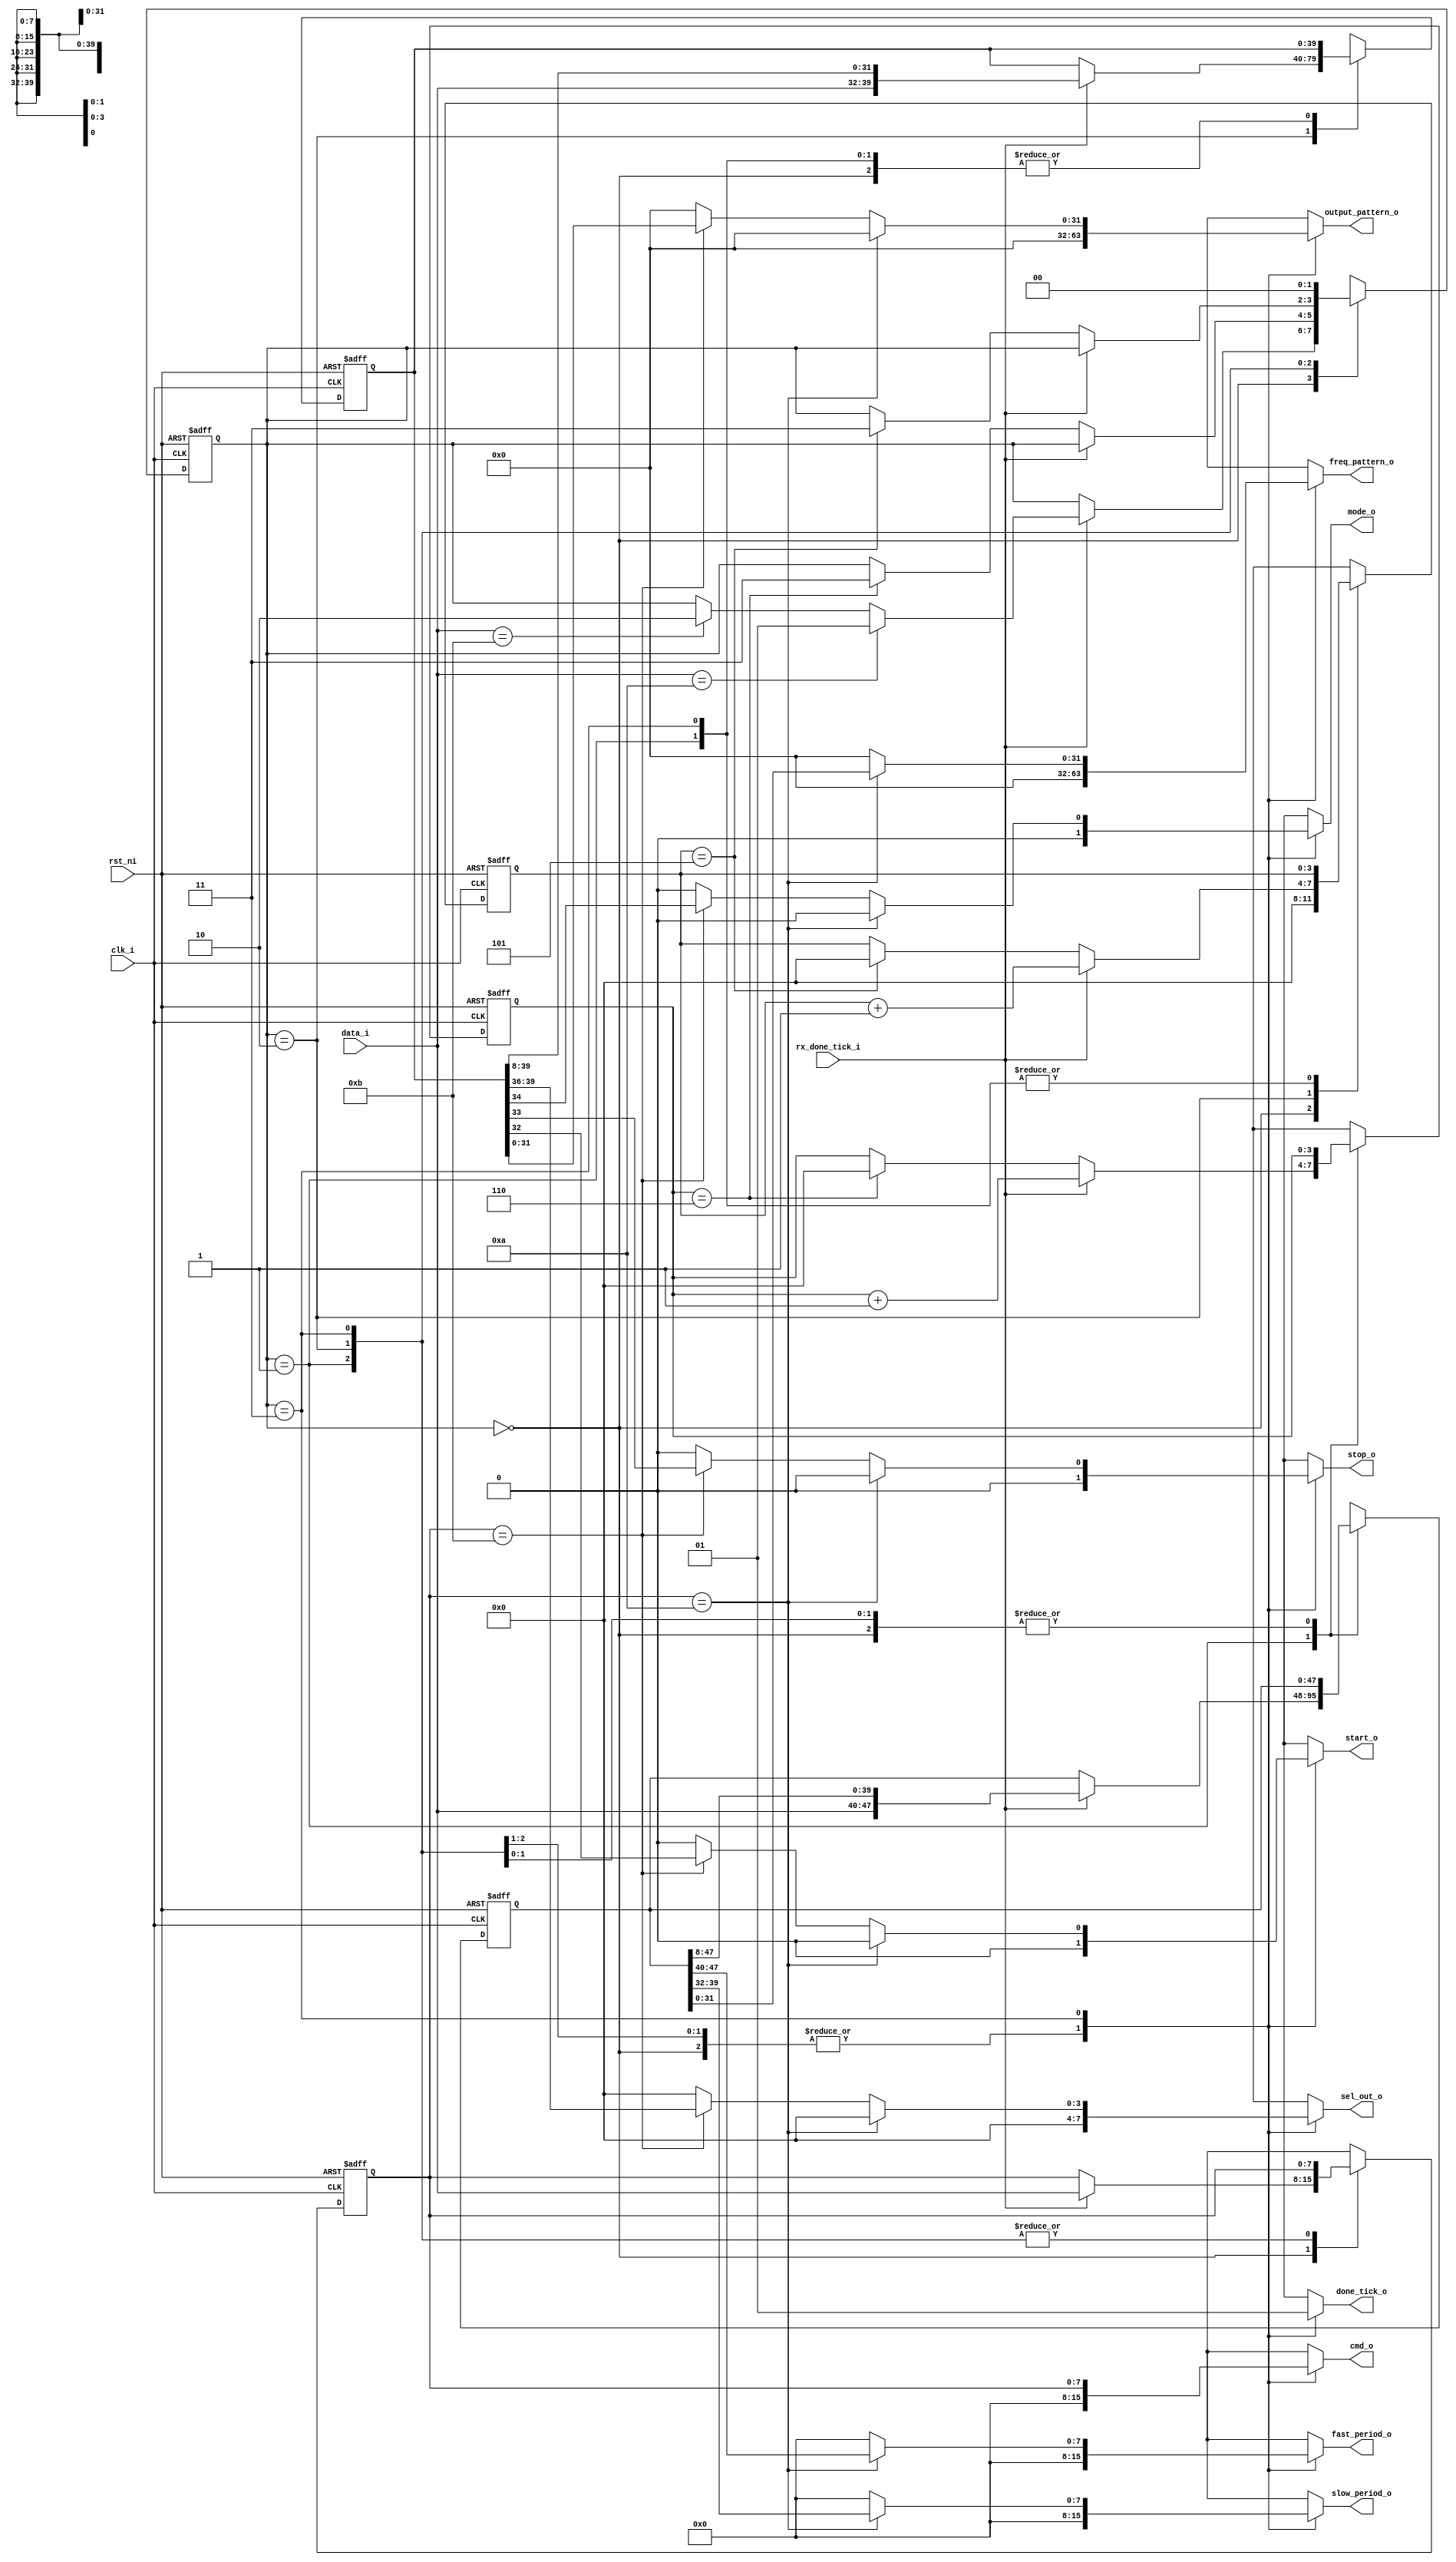
/* Filename : decoder.v
 * Simulator: ModelSim - Intel FPGA Edition vsim 2020.1
 * Complier : Quartus Prime - Standard Edition 20.1.1
 *
 * Decoder the uart received data
 */
 
module decoder #(
  parameter DATA_BIT = 32,
  parameter PACK_NUM = 5,
  parameter FREQ_NUM = 6
) (
  input                     clk_i,
  input                     rst_ni,
  input      [7:0]          data_i,
  input                     rx_done_tick_i,
  output reg [DATA_BIT-1:0] output_pattern_o,
  output reg [DATA_BIT-1:0] freq_pattern_o,
  output reg [3:0]          sel_out_o,
  output reg                start_o,
  output reg                stop_o,
  output reg                mode_o,
  output reg [7:0]          slow_period_o,
  output reg [7:0]          fast_period_o,
  output reg [7:0]          cmd_o,
  output reg                done_tick_o
);

// Define the states
localparam [1:0] S_IDLE = 2'b00;
localparam [1:0] S_FREQ = 2'b01;
localparam [1:0] S_DATA = 2'b10;
localparam [1:0] S_DONE = 2'b11;

localparam [7:0] CMD_FREQ = 8'h0A;
localparam [7:0] CMD_DATA = 8'h0B;

localparam PACK_BIT   = 8 * PACK_NUM; // 32-bit data_pattern, 8-bit control
localparam FREQ_BIT   = 8 * FREQ_NUM; // 32-bit freq_pattern, 8-bit low_period, 8-bit high_period
localparam FREQ_INDEX = 2 * DATA_BIT;

// Signal declaration
reg [1:0]          state_reg,    state_next;
reg [PACK_BIT-1:0] data_buf_reg, data_buf_next;
reg [3:0]          pack_num_reg, pack_num_next;
reg [47:0]         freq_buf_reg, freq_buf_next;
reg [3:0]          freq_num_reg, freq_num_next;
reg [7:0]          cmd_reg, cmd_next;

// Body
// FSMD state & data register
always @(posedge clk_i,  negedge rst_ni) begin
  if (~rst_ni)
    begin
      state_reg    <= S_IDLE;
      data_buf_reg <= 0;
      pack_num_reg <= 0;
      freq_buf_reg <= 0;
      freq_num_reg <= 0;
      cmd_reg      <= 0;
    end
  else
    begin
      state_reg    <= state_next;
      data_buf_reg <= data_buf_next;
      pack_num_reg <= pack_num_next;
      freq_buf_reg <= freq_buf_next;
      freq_num_reg <= freq_num_next;
      cmd_reg      <= cmd_next;
    end
end

// FSMD next-state logic
always @(*) begin
  state_next       = state_reg; // default state : the same
  data_buf_next    = data_buf_reg;
  pack_num_next    = pack_num_reg;
  freq_buf_next    = freq_buf_reg;
  freq_num_next    = freq_num_reg;
  cmd_next         = cmd_reg;
  done_tick_o      = 0;
  output_pattern_o = 0;
  freq_pattern_o   = 0;
  start_o          = 0;
  stop_o           = 0;
  mode_o           = 0;
  sel_out_o        = 0;
  slow_period_o    = 0;
  fast_period_o    = 0;
  cmd_o            = 0;

  case (state_reg)
    S_IDLE: begin
      pack_num_next = 0;
      if (rx_done_tick_i)
        begin
          cmd_next = data_i; // load rx data in MSB of data buffer
          if (cmd_next == CMD_FREQ)
            state_next = S_FREQ;
          else if (cmd_next == CMD_DATA)
            state_next = S_DATA;
        end
    end

    S_FREQ: begin
      if (rx_done_tick_i)
        begin
          freq_buf_next = {data_i, freq_buf_reg[FREQ_BIT-1:8]}; // right shift 8-bit
          freq_num_next = freq_num_reg + 1'b1;
        end
      else if (freq_num_reg == FREQ_NUM)
        begin
          state_next = S_DONE;
          freq_num_next = 0;
        end
    end

    S_DATA: begin
      if (rx_done_tick_i)
        begin
          data_buf_next = {data_i, data_buf_reg[PACK_BIT-1:8]}; // right-shift 8-bit
          pack_num_next = pack_num_reg + 1'b1;
        end
      else if (pack_num_reg == PACK_NUM)
        begin
          state_next    = S_DONE;
          pack_num_next = 0;
        end
    end

    S_DONE: begin
      done_tick_o      = 1;
      cmd_o            = cmd_reg;
      state_next       = S_IDLE;

      if (cmd_reg == CMD_FREQ)
        begin
          freq_pattern_o   = freq_buf_reg[DATA_BIT-1:0];
          slow_period_o    = freq_buf_reg[DATA_BIT+7:DATA_BIT];
          fast_period_o    = freq_buf_reg[DATA_BIT+15:DATA_BIT+8];
        end
      else if (cmd_reg == CMD_DATA)
        begin
          output_pattern_o = data_buf_reg[DATA_BIT-1:0];
          start_o          = data_buf_reg[DATA_BIT];
          stop_o           = data_buf_reg[DATA_BIT+1];
          mode_o           = data_buf_reg[DATA_BIT+2];
          sel_out_o        = data_buf_reg[DATA_BIT+7:DATA_BIT+4];
        end
    end

    default: state_next = S_IDLE;
  endcase
end

// Output

endmodule